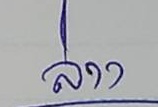
ล่าง